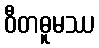
ဝီတဓူမဿ